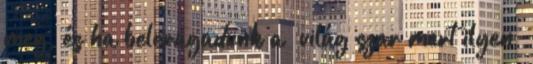
meg, és ha beleragadunk a “világ szar mert ilyen”